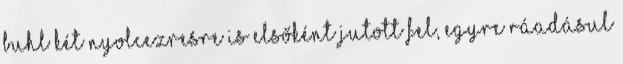
Buhl két nyolcezresre is elsőként jutott fel, egyre ráadásul